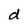
Character: d